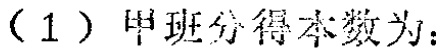
（1）甲班分得本数为：